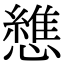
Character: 𢣘